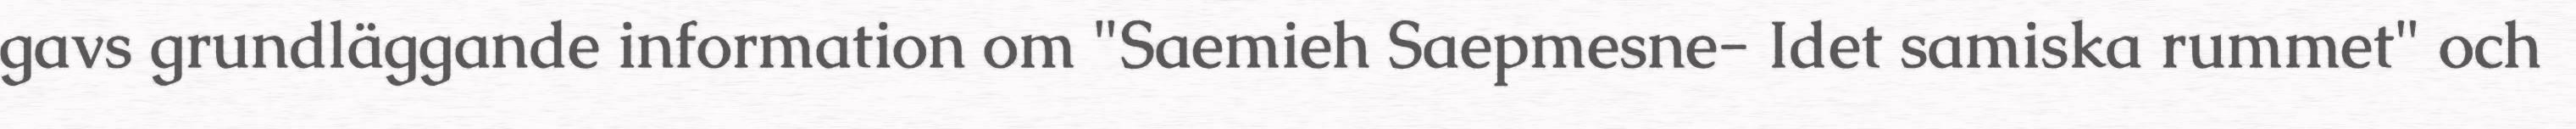
gavs grundläggande information om "Saemieh Saepmesne- Idet samiska rummet" och